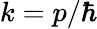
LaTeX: k=p/\hbar